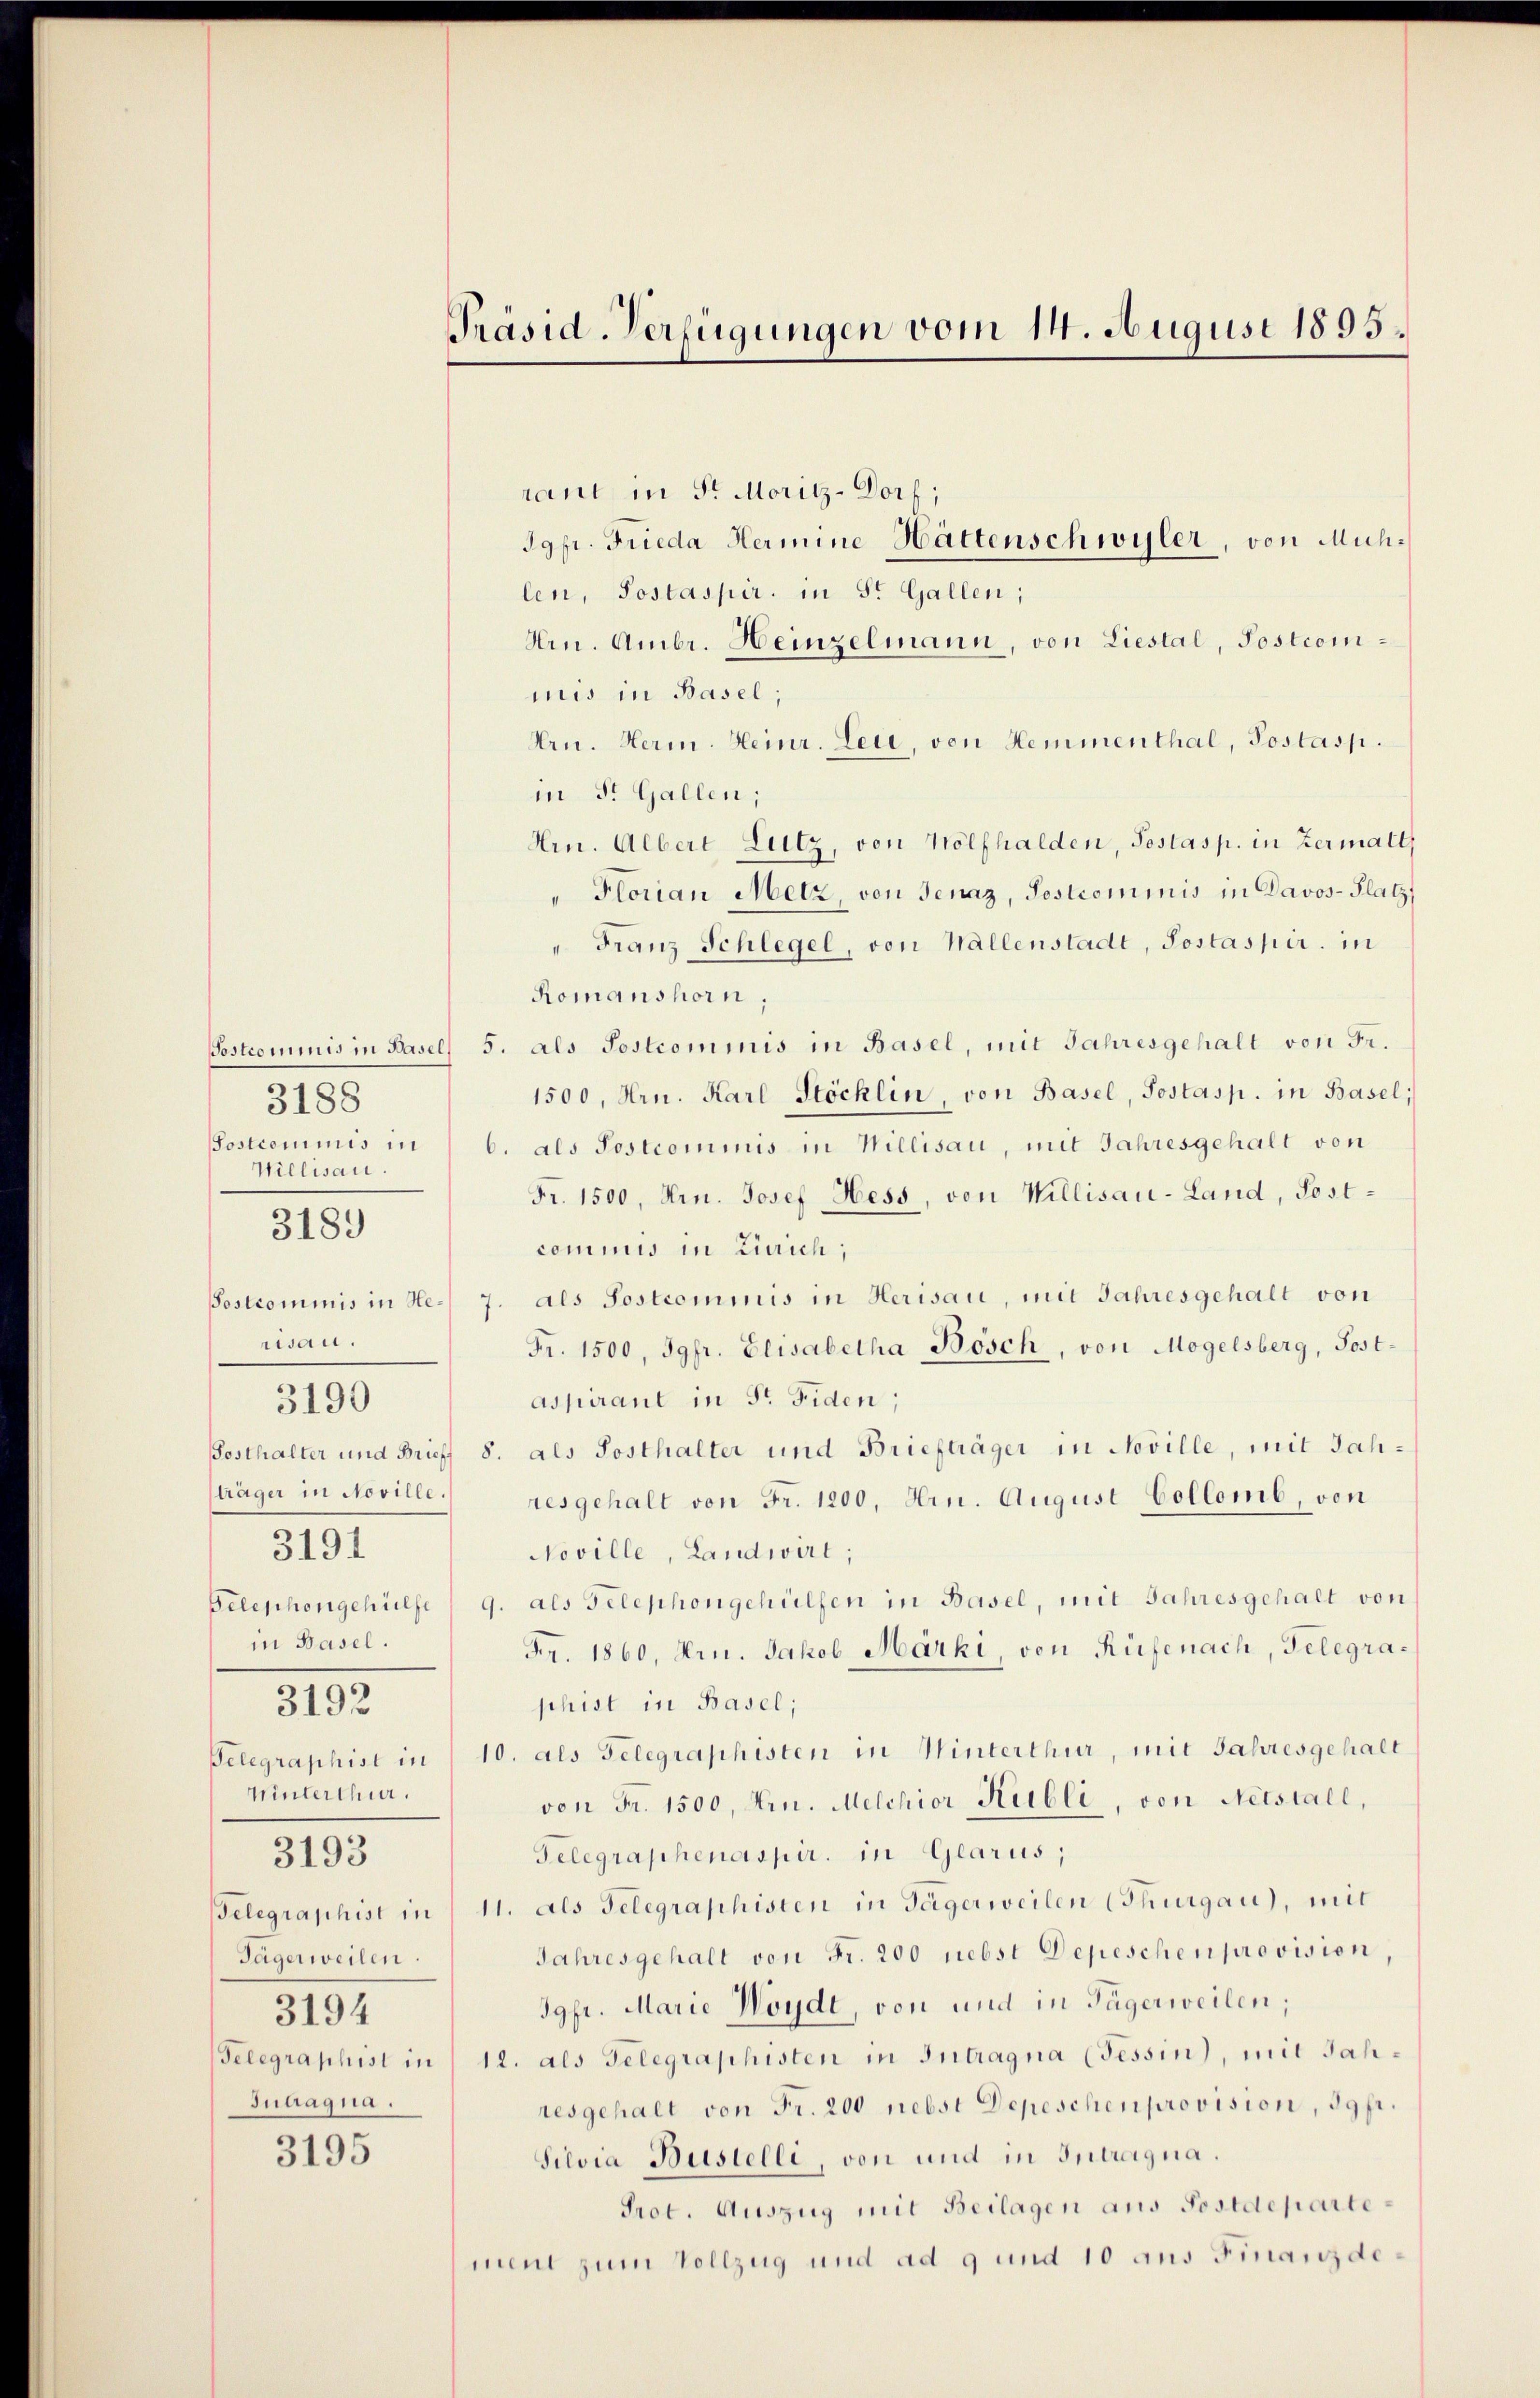
3188
Willisau.
risau.
3191
in Basel.
3192
Winterthur.

3189

3190

3193

Tägerweilen.
3194
Juaagna.

3195

rant in Sr. Moritz-Dorf;
Jgfr. Frieda Hermine Hättenschwyler, von Mühlen, Postaspir. in St. Gallen;
Hrn. Ambr. Heinzelmann, von Liestal, Postcommis in Basel;
Hrn. Herm. Heinr. Leu, von Hemmenthal, Postasp.
in St. Gallen;
Hrn. Albert Lutz, von Wölfhalden, Testasp. in Zermall
" Florian Metz, von Jenaz, Postcommis in Davos- Platz
" Franz Schlegel, von Wallenstadt, Postaspir. in
Romanshorn,
Sostrominis in Basels 5. als Sostrommnis in Basel, mit Jahresgehalt von Fr.
1500, Hrn. Karl Stöchlin, von Basel, Postasp. in Basel;
Postcommis in   b. als Postcommis in Willisau, mit Jahresgehalt von
Fr. 1500, Hrn. Josef Hess, von Willisau-Land, Postcommis in Zürich;
Postcommis in Ne- 7. als Sostrominis in Herisau, mit Jahresgehalt von
Fr. 1500, Jgfr. Elisabetha Bösch, von Mogelsberg, Post-
aspirant in St. Fiden;
osthalter und Brieff 8. als Posthalter und Briefträger in Noville, mit Jahträger in Noville.) resgehalt von Fr. 1200, Hrn. August Collomb, von
Noville, Landwirt;
Telephongehülfe " 9. als Telephongehülfen in Basel, mit Jahresgehalt von
Fr. 1860, Hrn. Jakob Marki, von Rüfenach, Gelegrashist in Basel;
Pelegraphist in 10. als Telegraphisten in Winterthur, mit Jahresgehalt
von Fr. 1500, Arn. Melchior Kubli, von Netstall,
Telegraphenaspir. in Glarus,
Telegraphist in 11. als Gelegraphisten in Tägerweilen (Thurgau, mit
Jahresgehalt von Fr. 200 nebst Depeschen provision
Jgfr. Marie Woyde, von und in Tägerweilen;
Telegraphist in 12. als Telegraphisten in Intragna (Tessin, mit Jahresgehalt von Fr. 200 nebst Depeschen provision, 39fr.
Silvia Büstelli, von und in Intragna.
Prot. Auszug mit Beilagen aus Postdepartement zum Vollzug und ad 9 und 10 aus Finanzde¬

Präsid-Verfügungen vom 14. August 1895.